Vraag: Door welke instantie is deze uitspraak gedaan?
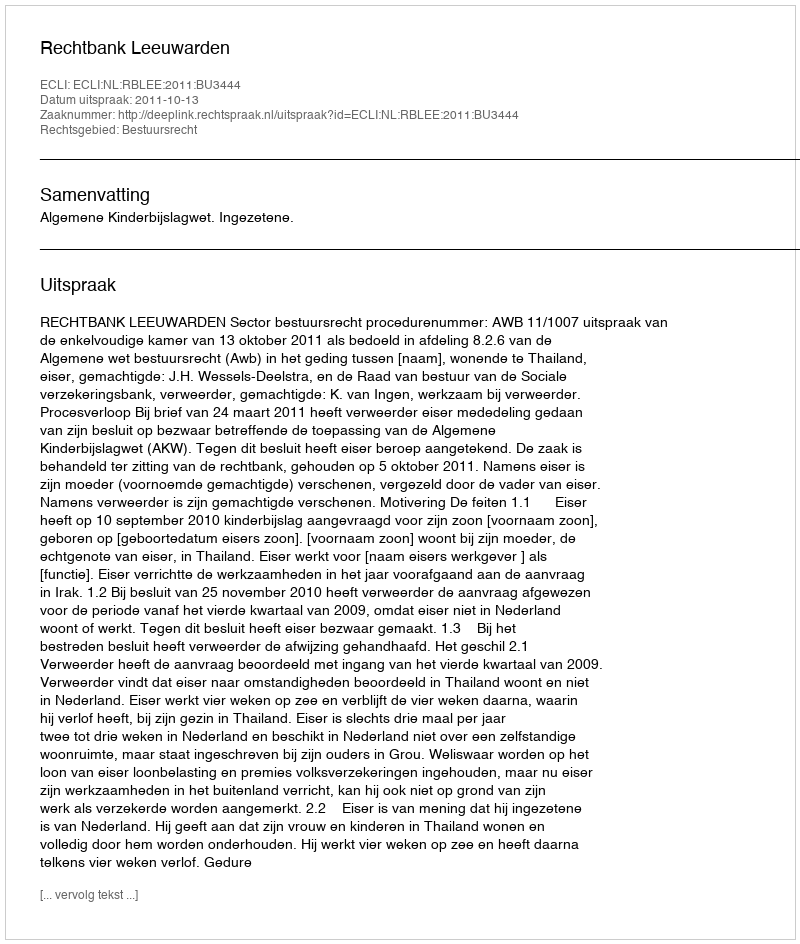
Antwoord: Rechtbank Leeuwarden